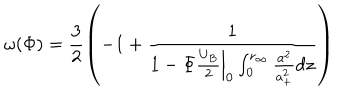
\omega ( \Phi ) = \frac { 3 } { 2 } \left( - 1 + \frac { 1 } { 1 - \left. \Phi \frac { U _ { B } } { 2 } \right| _ { 0 } \int _ { 0 } ^ { r _ { \infty } } \frac { a ^ { 2 } } { a _ { + } ^ { 2 } } d z } \right)